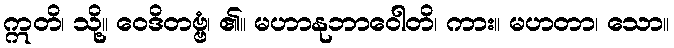
ဣတိ၊ သို့။ ဝေဒိတဗ္ဗံ၊ ၏။ မဟာနုဘာဝေါတိ၊ ကား။ မဟတာ၊ သော။